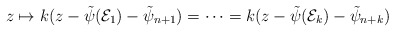
\begin{align*}z\mapsto k(z-\tilde{\psi}(\mathcal{E}_1)-\tilde{\psi}_{n+1})=\cdots=k(z-\tilde{\psi}(\mathcal{E}_k)-\tilde{\psi}_{n+k})\end{align*}